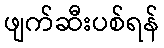
ဖျက်ဆီးပစ်ရန်